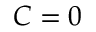
C = 0